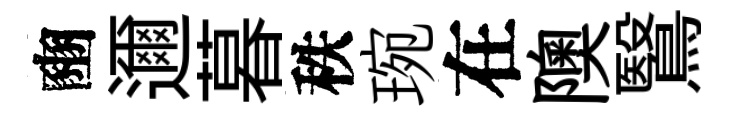
豳邇暮秩琬在隩鷖